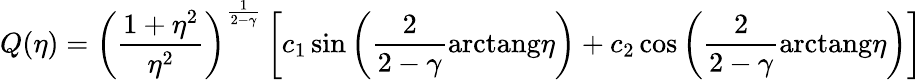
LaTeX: Q(\eta)=\left({\frac{1+\eta^{2}}{\eta^{2}}}\right)^{\frac{1}{2-\gamma}}\left[c_{1}\sin\left({\frac{2}{2-\gamma}}\mathrm{{arctang}}\eta\right)+c_{2}\cos\left({\frac{2}{2-\gamma}}{\mathrm{arctang}}\eta\right)\right]